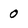
Character: 0